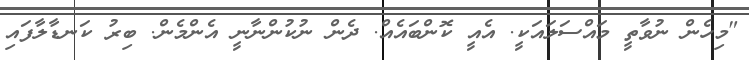
"މިހެން ނުވާތީ މައްސަލައަކީ. އެއީ ކޮންބައެއް. ދެން ނުކުންނާނީ އެންމެން. ބިރު ކަނޑާލާފައި